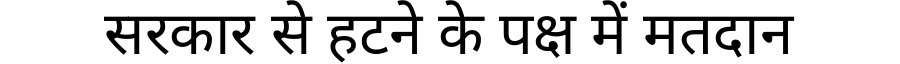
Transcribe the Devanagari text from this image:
सरकार से हटने के पक्ष में मतदान